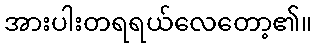
အားပါးတရရယ်လေတော့၏။